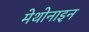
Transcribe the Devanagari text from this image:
मेथोनाइन